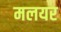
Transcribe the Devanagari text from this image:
मलयर